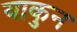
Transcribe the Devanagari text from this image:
याकुन